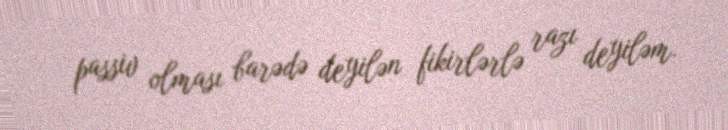
passiv olması barədə deyilən fikirlərlə razı deyiləm.